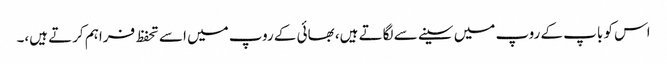
اس کو باپ کے روپ میں سینے سے لگاتے ہیں، بھائی کے روپ میں اسے تحفظ فراہم کرتے ہیں،۔